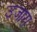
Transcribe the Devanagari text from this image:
उजारा